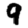
Digit: 9